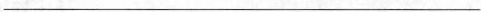
___